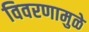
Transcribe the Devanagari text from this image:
विवरणामुळे